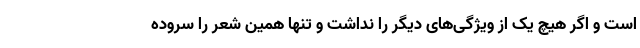
است و اگر هیچ یک از ویژگی‌های دیگر را نداشت و تنها همین شعر را سروده